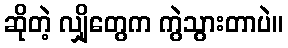
ဆိုတဲ့ လျှိုတွေက ကွဲသွားတာပဲ။